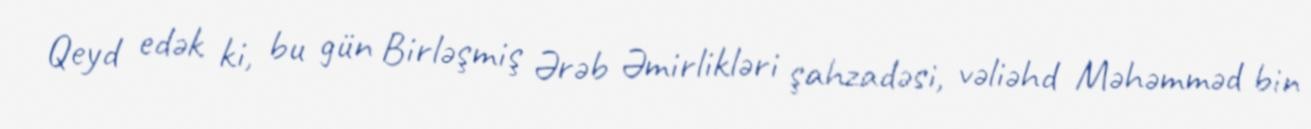
Qeyd edək ki, bu gün Birləşmiş Ərəb Əmirlikləri şahzadəsi, vəliəhd Məhəmməd bin